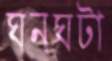
ঘনঘটা